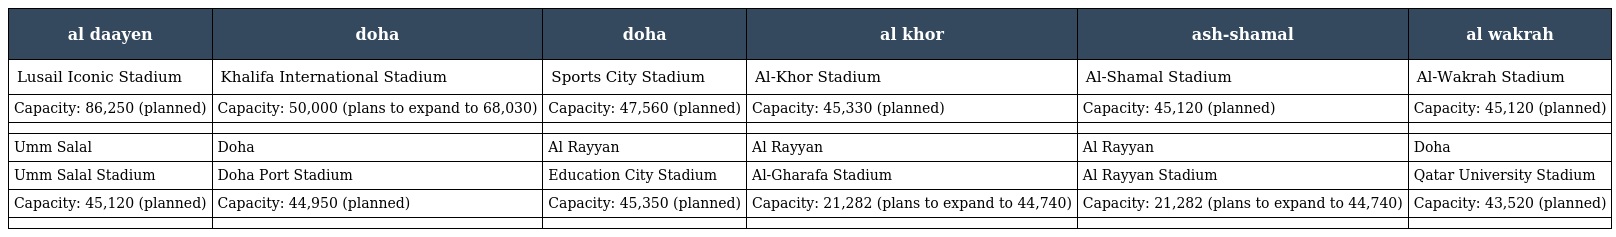
| al daayen | doha | doha | al khor | ash-shamal | al wakrah |
 | --- | --- | --- | --- | --- | --- |
 | Lusail Iconic Stadium | Khalifa International Stadium | Sports City Stadium | Al-Khor Stadium | Al-Shamal Stadium | Al-Wakrah Stadium |
 | Capacity: 86,250 (planned) | Capacity: 50,000 (plans to expand to 68,030) | Capacity: 47,560 (planned) | Capacity: 45,330 (planned) | Capacity: 45,120 (planned) | Capacity: 45,120 (planned) |
 |  |  |  |  |  |  |
 | Umm Salal | Doha | Al Rayyan | Al Rayyan | Al Rayyan | Doha |
 | Umm Salal Stadium | Doha Port Stadium | Education City Stadium | Al-Gharafa Stadium | Al Rayyan Stadium | Qatar University Stadium |
 | Capacity: 45,120 (planned) | Capacity: 44,950 (planned) | Capacity: 45,350 (planned) | Capacity: 21,282 (plans to expand to 44,740) | Capacity: 21,282 (plans to expand to 44,740) | Capacity: 43,520 (planned) |
 |  |  |  |  |  |  |